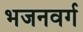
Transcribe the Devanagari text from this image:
भजनवर्ग